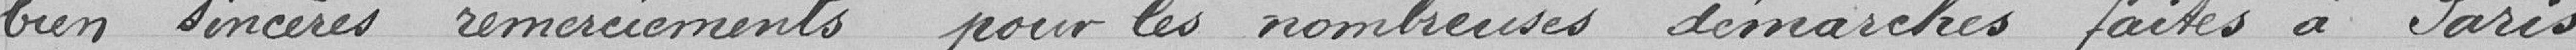
bien sincères remerciements pour les nombreuses démarches faites à Paris